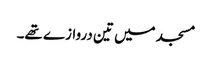
مسجد میں تین دروازے تھے۔